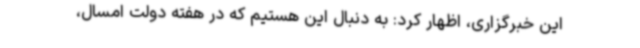
این خبرگزاری، اظهار کرد: به دنبال این هستیم که در هفته دولت امسال،